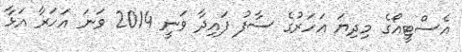
އެސްޓީއޯގެ މިދިޔަ އަހަރުގެ ސާފު ފައިދާ ވަނީ 2014 ވަނަ އަހަރާ އަޅާ